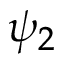
\psi _ { 2 }